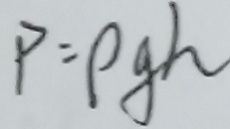
P = P g h